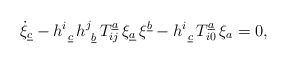
\begin{align*}\dot{\xi}_{\underline{c}} - {h}^{i}_{\ \underline{c}}\, {h}^{j}_{\ \underline{b}}\,T^{\underline{a}}_{ij}\, \xi_{\underline{a}}\, \xi^{\underline{b}} -{h}^{i}_{\ \underline{c}} \,T^{\underline{a}}_{i0}\, \xi_{{a}}=0,\end{align*}